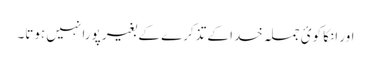
اور انکا کوئ جملہ خدا کے تذکرے کے بغیر پورا نہیں ہوتا۔